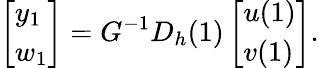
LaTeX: \left[\begin{array}{l}{y_{1}}\\ {w_{1}}\end{array}\right]=G^{-1}D_{h}(1)\left[\begin{array}{l}{u(1)}\\ {v(1)}\end{array}\right].